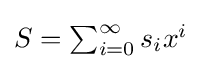
\textstyle S=\sum _{i=0}^{\infty }s_{i}x^{i}